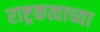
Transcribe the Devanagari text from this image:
राष्ट्रकत्वाच्या